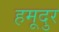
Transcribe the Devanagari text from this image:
हमूदुर